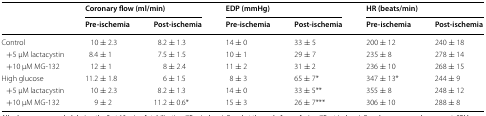
<table><thead><tr><td rowspan="2"></td><td colspan="2"><b>Coronary flow (ml/min)</b></td><td colspan="2"><b>EDP (mmHg)</b></td><td colspan="2"><b>HR (beats/min)</b></td></tr><tr><td><b>Pre-ischemia</b></td><td><b>Post-ischemia</b></td><td><b>Pre-ischemia</b></td><td><b>Post-ischemia</b></td><td><b>Pre-ischemia</b></td><td><b>Post-ischemia</b></td></tr></thead><tbody><tr><td>Control</td><td>10 ± 2.3</td><td>8.2 ± 1.3</td><td>14 ± 0</td><td>33 ± 5</td><td>200 ± 12</td><td>240 ± 18</td></tr><tr><td> +5 μM lactacystin</td><td>8.4 ± 1</td><td>7.5 ± 1.5</td><td>10 ± 1</td><td>29 ± 7</td><td>235 ± 8</td><td>278 ± 14</td></tr><tr><td> +10 μM MG-132</td><td>12 ± 1</td><td>8 ± 2.4</td><td>11 ± 2</td><td>31 ± 2</td><td>236 ± 10</td><td>268 ± 15</td></tr><tr><td>High glucose</td><td>11.2 ± 1.8</td><td>6 ± 1.5</td><td>8 ± 3</td><td>65 ± 7*</td><td>347 ± 13*</td><td>244 ± 9</td></tr><tr><td> +5 μM lactacystin</td><td>10 ± 2.3</td><td>8.2 ± 1.3</td><td>14 ± 0</td><td>33 ± 5**</td><td>355 ± 8</td><td>248 ± 12</td></tr><tr><td> +10 μM MG-132</td><td>9 ± 2</td><td>11.2 ± 0.6*</td><td>15 ± 3</td><td>26 ± 7***</td><td>306 ± 10</td><td>288 ± 8</td></tr></tbody></table>